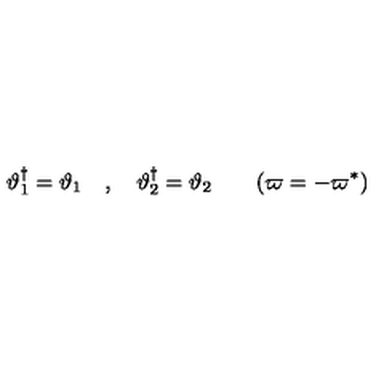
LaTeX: \vartheta _ { 1 } ^ { { \dag } } = \vartheta _ { 1 } \quad , \quad \vartheta _ { 2 } ^ { \dag } = \vartheta _ { 2 } \qquad ( \varpi = - \varpi ^ { \ast } )